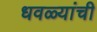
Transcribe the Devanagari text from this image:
धवळ्यांची